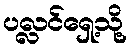
ပလ္လင်ရှေ့သို့